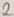
Text: 2